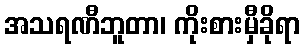
အသရဏီဘူတာ၊ ကိုးစားမှီခိုရာ